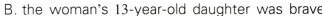
B. the woman's 13-year-old daughter was brave